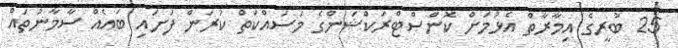
25 ބުރީގެ އިމާރާތް އެޅުމަށް ކޮންސްޓްރަކްޝަންގެ މަސައްކަތް ކުރަން ފަށައި ބައެއް ސާމާނުތައް